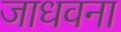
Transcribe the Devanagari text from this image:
जाधवना